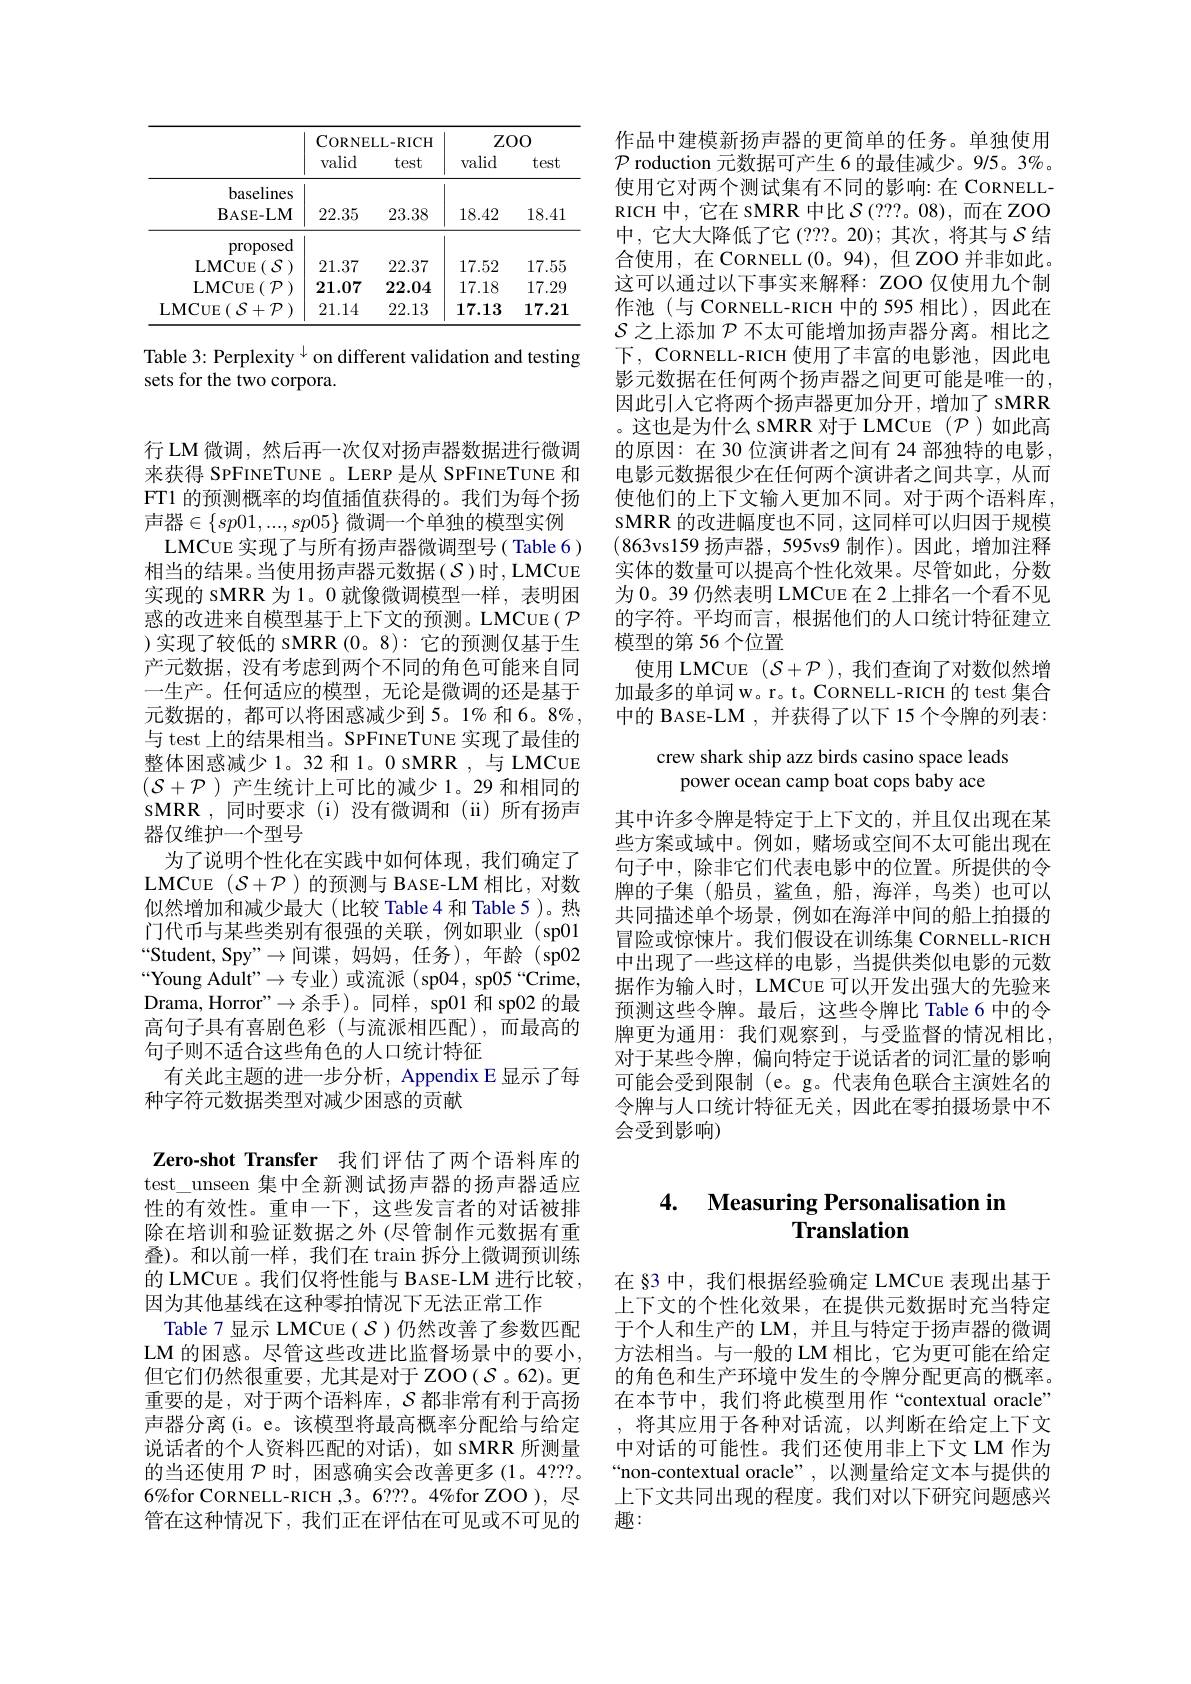
<table>
	<tbody>
		<tr>
			<th> </th>
			<th colspan="2">CORNELL- RICH</th>
			<th colspan="2">$ZOO$</th>
		</tr>
		<tr>
			<th> </th>
			<th>valid</th>
			<th>test</th>
			<th>valid</th>
			<th>test</th>
		</tr>
		<tr>
			<td>baselines $\mathbf{B}_{\mathrm{ASE-LM}}$</td>
			<td>22.35</td>
			<td>23.38</td>
			<td>18.42</td>
			<td>18.41</td>
		</tr>
		<tr>
			<td>proposed</td>
			<td> </td>
			<td> </td>
			<td> </td>
			<td> </td>
		</tr>
		<tr>
			<td>LMCUE ( $\mathcal{S}$ )</td>
			<td>21.37</td>
			<td>22.37</td>
			<td>17.52</td>
			<td>17.55</td>
		</tr>
		<tr>
			<td>$\mathbf{LMCUE}$ $\operatorname{E}(\mathcal{P})$</td>
			<td>21.07</td>
			<td>22.04</td>
			<td>17.18</td>
			<td>17.29</td>
		</tr>
		<tr>
			<td>$\mathbf{LMCUE}$ $\operatorname { E} ($ $\mathcal{S} + \mathcal{P}$ )</td>
			<td>21.14</td>
			<td>22.13</td>
			<td>17.13</td>
			<td>17.21</td>
		</tr>
	</tbody>
</table>

Table 3: Perplexity $^\downarrow$ on different validation and testing
sets for the two corpora.

行 LM 微调，然后再一次仅对扬声器数据进行微调来获得 SPFINETUNE 。LERP 是从 SPFINETUNE 和FT1 的预测概率的均值插值获得的。我们为每个扬声器$\in\{sp01,...,sp05\}$ 微调一个单独的模型实例
LMCUE 实现了与所有扬声器微调型号( Table 6) 相当的结果。当使用扬声器元数据($\mathcal{S}$)时，LMCUE 实现的 sMRR 为 1。0 就像微调模型一样，表明困惑的改进来自模型基于上下文的预测。LMCUE( $\mathcal{P}$ )实现了较低的 sMRR (0。8): 它的预测仅基于生产元数据，没有考虑到两个不同的角色可能来自同一生产。任何适应的模型，无论是微调的还是基于元数据的，都可以将困惑减少到 5。1% 和 6。8%, 与 test 上的结果相当。SPFINETUNE 实现了最佳的整体困惑减少1。32 和 1。0 SMRR ,与 LMCUE $(\mathcal{S}+\mathcal{P})$产生统计上可比的减少 1。29 和相同的sMRR,同时要求(i)没有微调和(ii)所有扬声器仅维护一个型号
为了说明个性化在实践中如何体现，我们确定了LMCUE $(\mathcal{S}+\mathcal{P})$的预测与 BASE-LM 相比，对数似然增加和减少最大(比较 Table 4 和 Table 5)。热门代币与某些类别有很强的关联，例如职业(sp01 “Student, Spy”→间谍，妈妈，任务),年龄(sp02 “Young Adult”$\to$专业)或流派(sp04,sp05“Crime, Drama, Horror"$\to$杀手)。同样，sp01 和 sp02 的最高句子具有喜剧色彩(与流派相匹配),而最高的句子则不适合这些角色的人口统计特征
有关此主题的进一步分析，Appendix E 显示了每
种字符元数据类型对减少困惑的贡献

作品中建模新扬声器的更简单的任务。单独使用$\mathcal{P}$ roduction 元数据可产生 6 的最佳减少。9/5。3%。使用它对两个测试集有不同的影响：在 CORNELLRICH 中，它在 SMRR 中比$\mathcal{S}(???。08)$,而在 ZOO 中，它大大降低了它(???。20);其次，将其与$\mathcal{S}$结合使用，在 CORNELL (0。94), 但 ZOO 并非如此。这可以通过以下事实来解释：ZOO 仅使用九个制作池(与 CORNELL-RICH 中的 595 相比),因此在$S$之上添加$\mathcal{P}$不太可能增加扬声器分离。相比之下，CORNELL-RICH 使用了丰富的电影池，因此电影元数据在任何两个扬声器之间更可能是唯一的， 因此引入它将两个扬声器更加分开，增加了 sMRR 。这也是为什么 sMRR 对于 LMCUE ($\mathcal{P}$)如此高的原因：在 30 位演讲者之间有 24 部独特的电影电影元数据很少在任何两个演讲者之间共享，从而使他们的上下文输人更加不同。对于两个语料库， sMRR 的改进幅度也不同，这同样可以归因于规模$$(863$vs159 扬声器，595vs9 制作)。因此，增加注释$ 实体的数量可以提高个性化效果。尽管如此，分数为 0。39 仍然表明 LMCUE 在 2 上排名一个看不见的字符。平均而言，根据他们的人口统计特征建立模型的第 56 个位置
使用 LMCUE $(\mathcal{S}+\mathcal{P})$,我们查询了对数似然增加最多的单词 w。r。t。CORNELL-RICH 的 test 集合中的 BASE-LM ,并获得了以下 15 个令牌的列表：

crew shark ship azz birds casino space leads
power ocean camp boat cops baby ace

其中许多令牌是特定于上下文的，并且仅出现在某些方案或域中。例如，赌场或空间不太可能出现在句子中，除非它们代表电影中的位置。所提供的令牌的子集(船员，鲨鱼，船，海洋，鸟类)也可以共同描述单个场景，例如在海洋中间的船上拍摄的冒险或惊悚片。我们假设在训练集 CoRNELL-RICH 中出现了一些这样的电影，当提供类似电影的元数据作为输入时，LMCUE 可以开发出强大的先验来预测这些令牌。最后，这些令牌比 Table 6 中的令牌更为通用：我们观察到，与受监督的情况相比， 对于某些令牌，偏向特定于说话者的词汇量的影响可能会受到限制(e。g。代表角色联合主演姓名的令牌与人口统计特征无关，因此在零拍摄场景中不会受到影响)

Zero-shot Transfer 我们评估了两个语料库的test\_unseen 集中全新测试扬声器的扬声器适应性的有效性。重申一下，这些发言者的对话被排除在培训和验证数据之外 (尽管制作元数据有重叠)。和以前一样，我们在$\tan$拆分上微调预训练的 LMCUE 。我们仅将性能与 BASE-LM 进行比较， 因为其他基线在这种零拍情况下无法正常工作
Table 7 显示 LMCUE $(\mathcal{S})$仍然改善了参数匹配LM 的困惑。尽管这些改进比监督场景中的要小， 但它们仍然很重要，尤其是对于ZOO(S。62)。更重要的是，对于两个语料库，$\mathcal{S}$都非常有利于高扬声器分离(i。e。该模型将最高概率分配给与给定说话者的个人资料匹配的对话),如 sMRR 所测量的当还使用$\mathcal{P}$时，困惑确实会改善更多 (1。4???。$6\%$for CORNELL-RICH ,3。6???。4%for ZOO ), 尽管在这种情况下，我们正在评估在可见或不可见的

# 4. Measuring Personalisation in Translation

在 §3 中，我们根据经验确定 LMCUE 表现出基于上下文的个性化效果，在提供元数据时充当特定于个人和生产的 LM, 并且与特定于扬声器的微调方法相当。与一般的 LM 相比，它为更可能在给定的角色和生产环境中发生的令牌分配更高的概率。在本节中，我们将此模型用作“contextual oracle” ,将其应用于各种对话流，以判断在给定上下文中对话的可能性。我们还使用非上下文 LM 作为“non-contextual oracle”,以测量给定文本与提供的上下文共同出现的程度。我们对以下研究问题感兴趣：